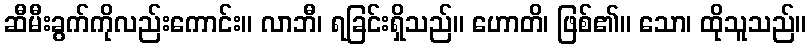
ဆီမီးခွက်ကိုလည်းကောင်း။ လာဘီ၊ ရခြင်းရှိသည်။ ဟောတိ၊ ဖြစ်၏။ သော၊ ထိုသူသည်။